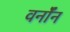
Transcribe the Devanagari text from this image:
वर्नॉन